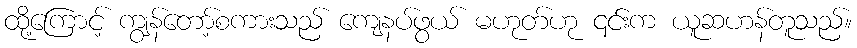
ထို့ကြောင့် ကျွန်တော့်စကားသည် ကျေနပ်ဖွယ် မဟုတ်ဟု ၎င်းက ယူဆဟန်တူသည်။